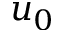
u _ { 0 }